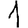
Digit: 1